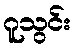
ဂူသွင်း